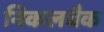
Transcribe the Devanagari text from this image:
निकलबैक